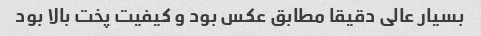
بسیار عالی دقیقا مطابق عکس بود و کیفیت پخت بالا بود